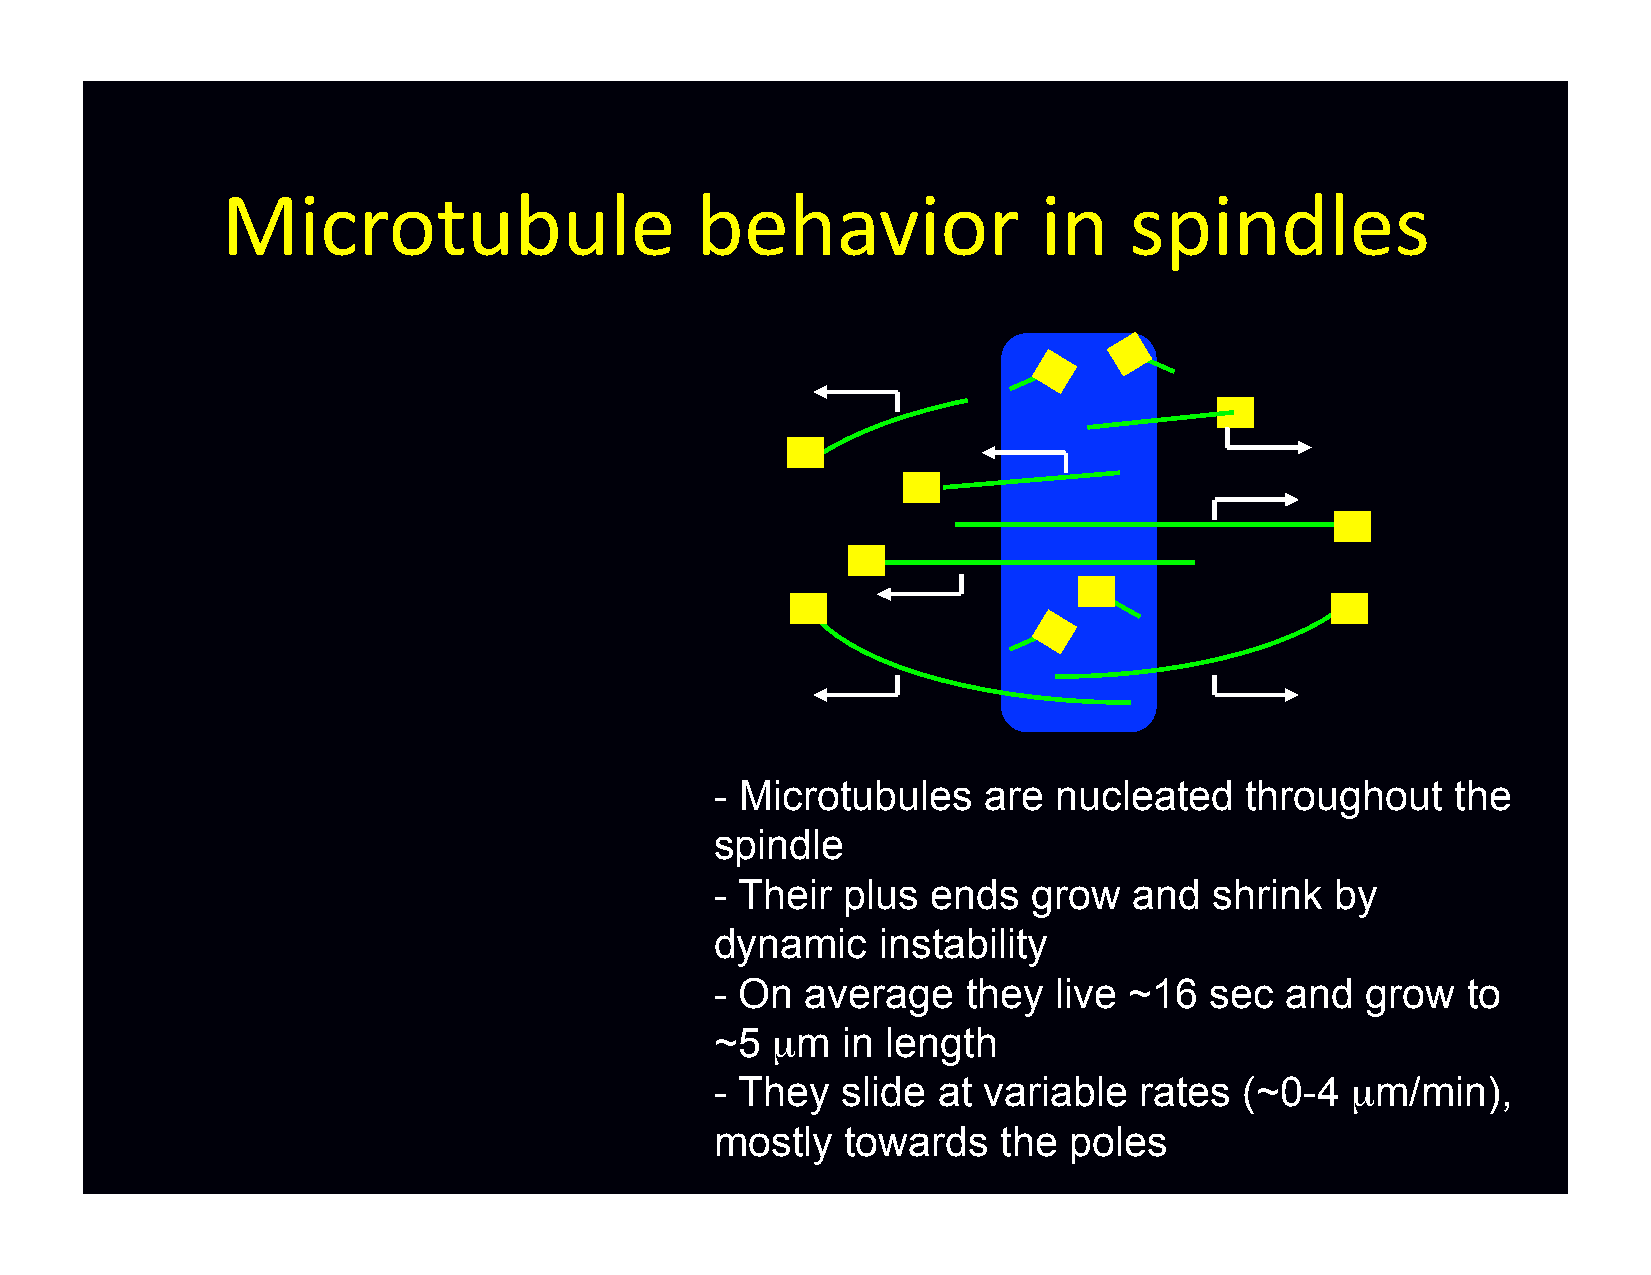
Microtubule                    behavior               in    spindles
 - Microtubules    are  nucleated   throughout    the
 spindle
 - Their  plus  ends  grow   and  shrink  by
 dynamic    instability
 - On  average    they  live ~16  sec  and  grow   to
 ~5  µm   in length
 - They   slide at variable  rates  (~0-4  µm/min),
 mostly   towards   the  poles